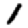
Digit: 1